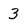
Character: 3